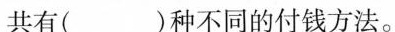
共有( )种不同的付钱方法。